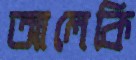
আলেকি